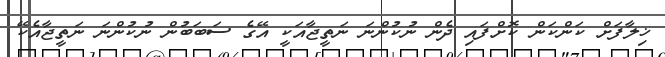
ޚިލާފަށް ކަންކަން ކޮށްފައި ދެން ނުކުންނަ ނަތީޖާއަކީ އޭގެ ސަބަބުން ނުކުންނަ ނަތީޖާއެކޭ